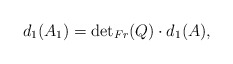
\begin{align*}d_1(A_1)={\det}_{Fr}(Q)\cdot d_1(A),\end{align*}